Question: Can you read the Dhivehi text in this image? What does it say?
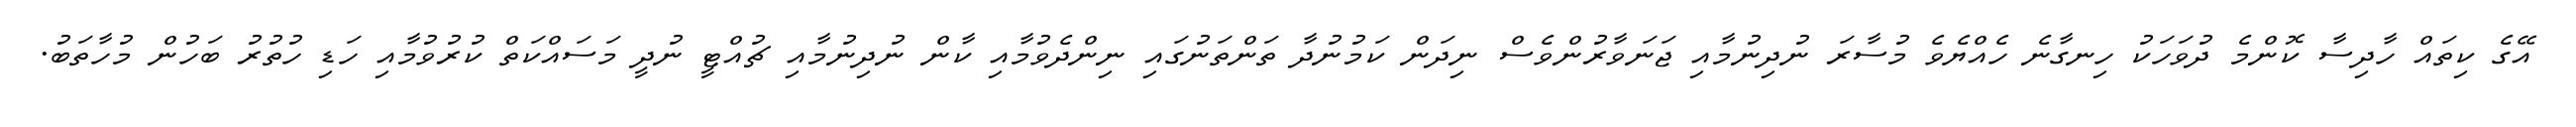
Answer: އޭގެ ކިތައް ހާދިސާ ކޮންމެ ދުވަހަކު ހިނގާނެ ހެއްޔެވެ މުސާރަ ނުދިނުމާއި ޖަނަވާރުންވެސް ނިދަން ކަމުނުދާ ތަންތަނުގައި ނިންދެވުމާއި ކާން ނުދިނުމާއި ޗުއްޓީ ނުދީ މަސައްކަތް ކުރުވުމާއި ހަޑި ހުތުރު ބަހުން މުހާތަބު.